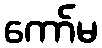
ကော်မ